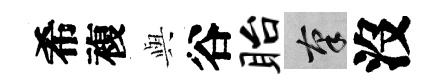
希複𫤰谷眙筆沒